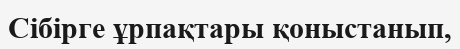
Сібірге ұрпақтары қоныстанып,